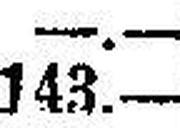
143.—